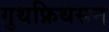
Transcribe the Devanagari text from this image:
गुथफ्रिथसन